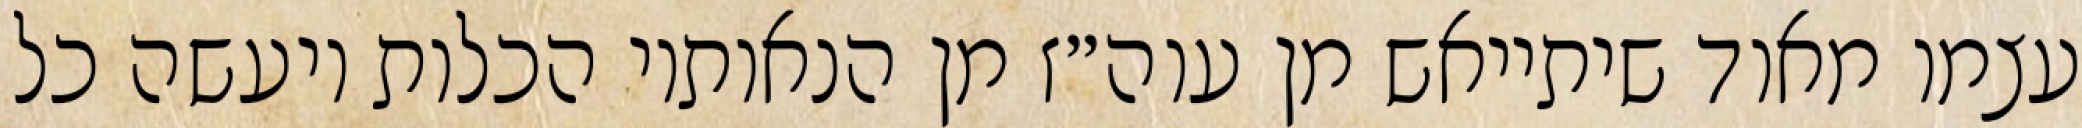
עצמו מאוד שיתייאש מן עוה״ז מן הנאותיו הכלות ויעשה כל